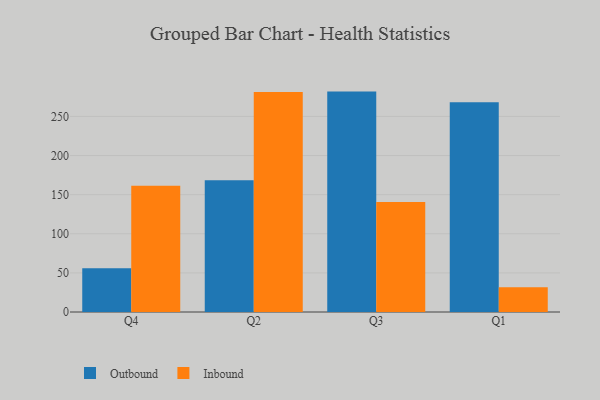
{"axis": {"x": "Quarter", "y": "Operating Costs (USD K)"}, "legend": ["Inbound", "Outbound"], "data": [{"x": "Q4", "y": 55.8, "type": "Outbound"}, {"x": "Q4", "y": 161.4, "type": "Inbound"}, {"x": "Q2", "y": 168.5, "type": "Outbound"}, {"x": "Q2", "y": 281.2, "type": "Inbound"}, {"x": "Q3", "y": 281.7, "type": "Outbound"}, {"x": "Q3", "y": 140.6, "type": "Inbound"}, {"x": "Q1", "y": 268.0, "type": "Outbound"}, {"x": "Q1", "y": 31.7, "type": "Inbound"}]}